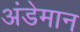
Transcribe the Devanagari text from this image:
अंडेमान